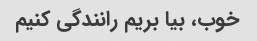
خوب، بیا بریم رانندگی کنیم